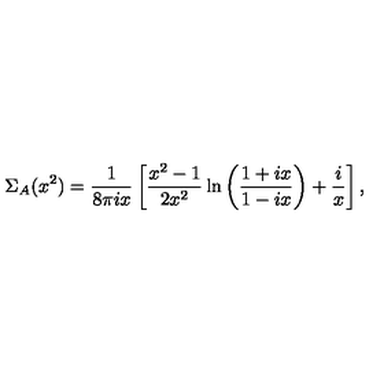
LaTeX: \Sigma _ { A } ( x ^ { 2 } ) = \frac { 1 } { 8 \pi i x } \left[ \frac { x ^ { 2 } - 1 } { 2 x ^ { 2 } } \ln \left( \frac { 1 + i x } { 1 - i x } \right) + \frac { i } { x } \right] ,